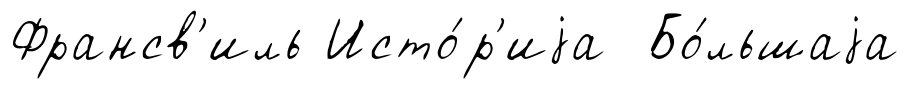
Франсв'иль Исто́р'иjа Бо́льшаjа